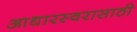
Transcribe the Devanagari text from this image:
आधारस्वरासाठी